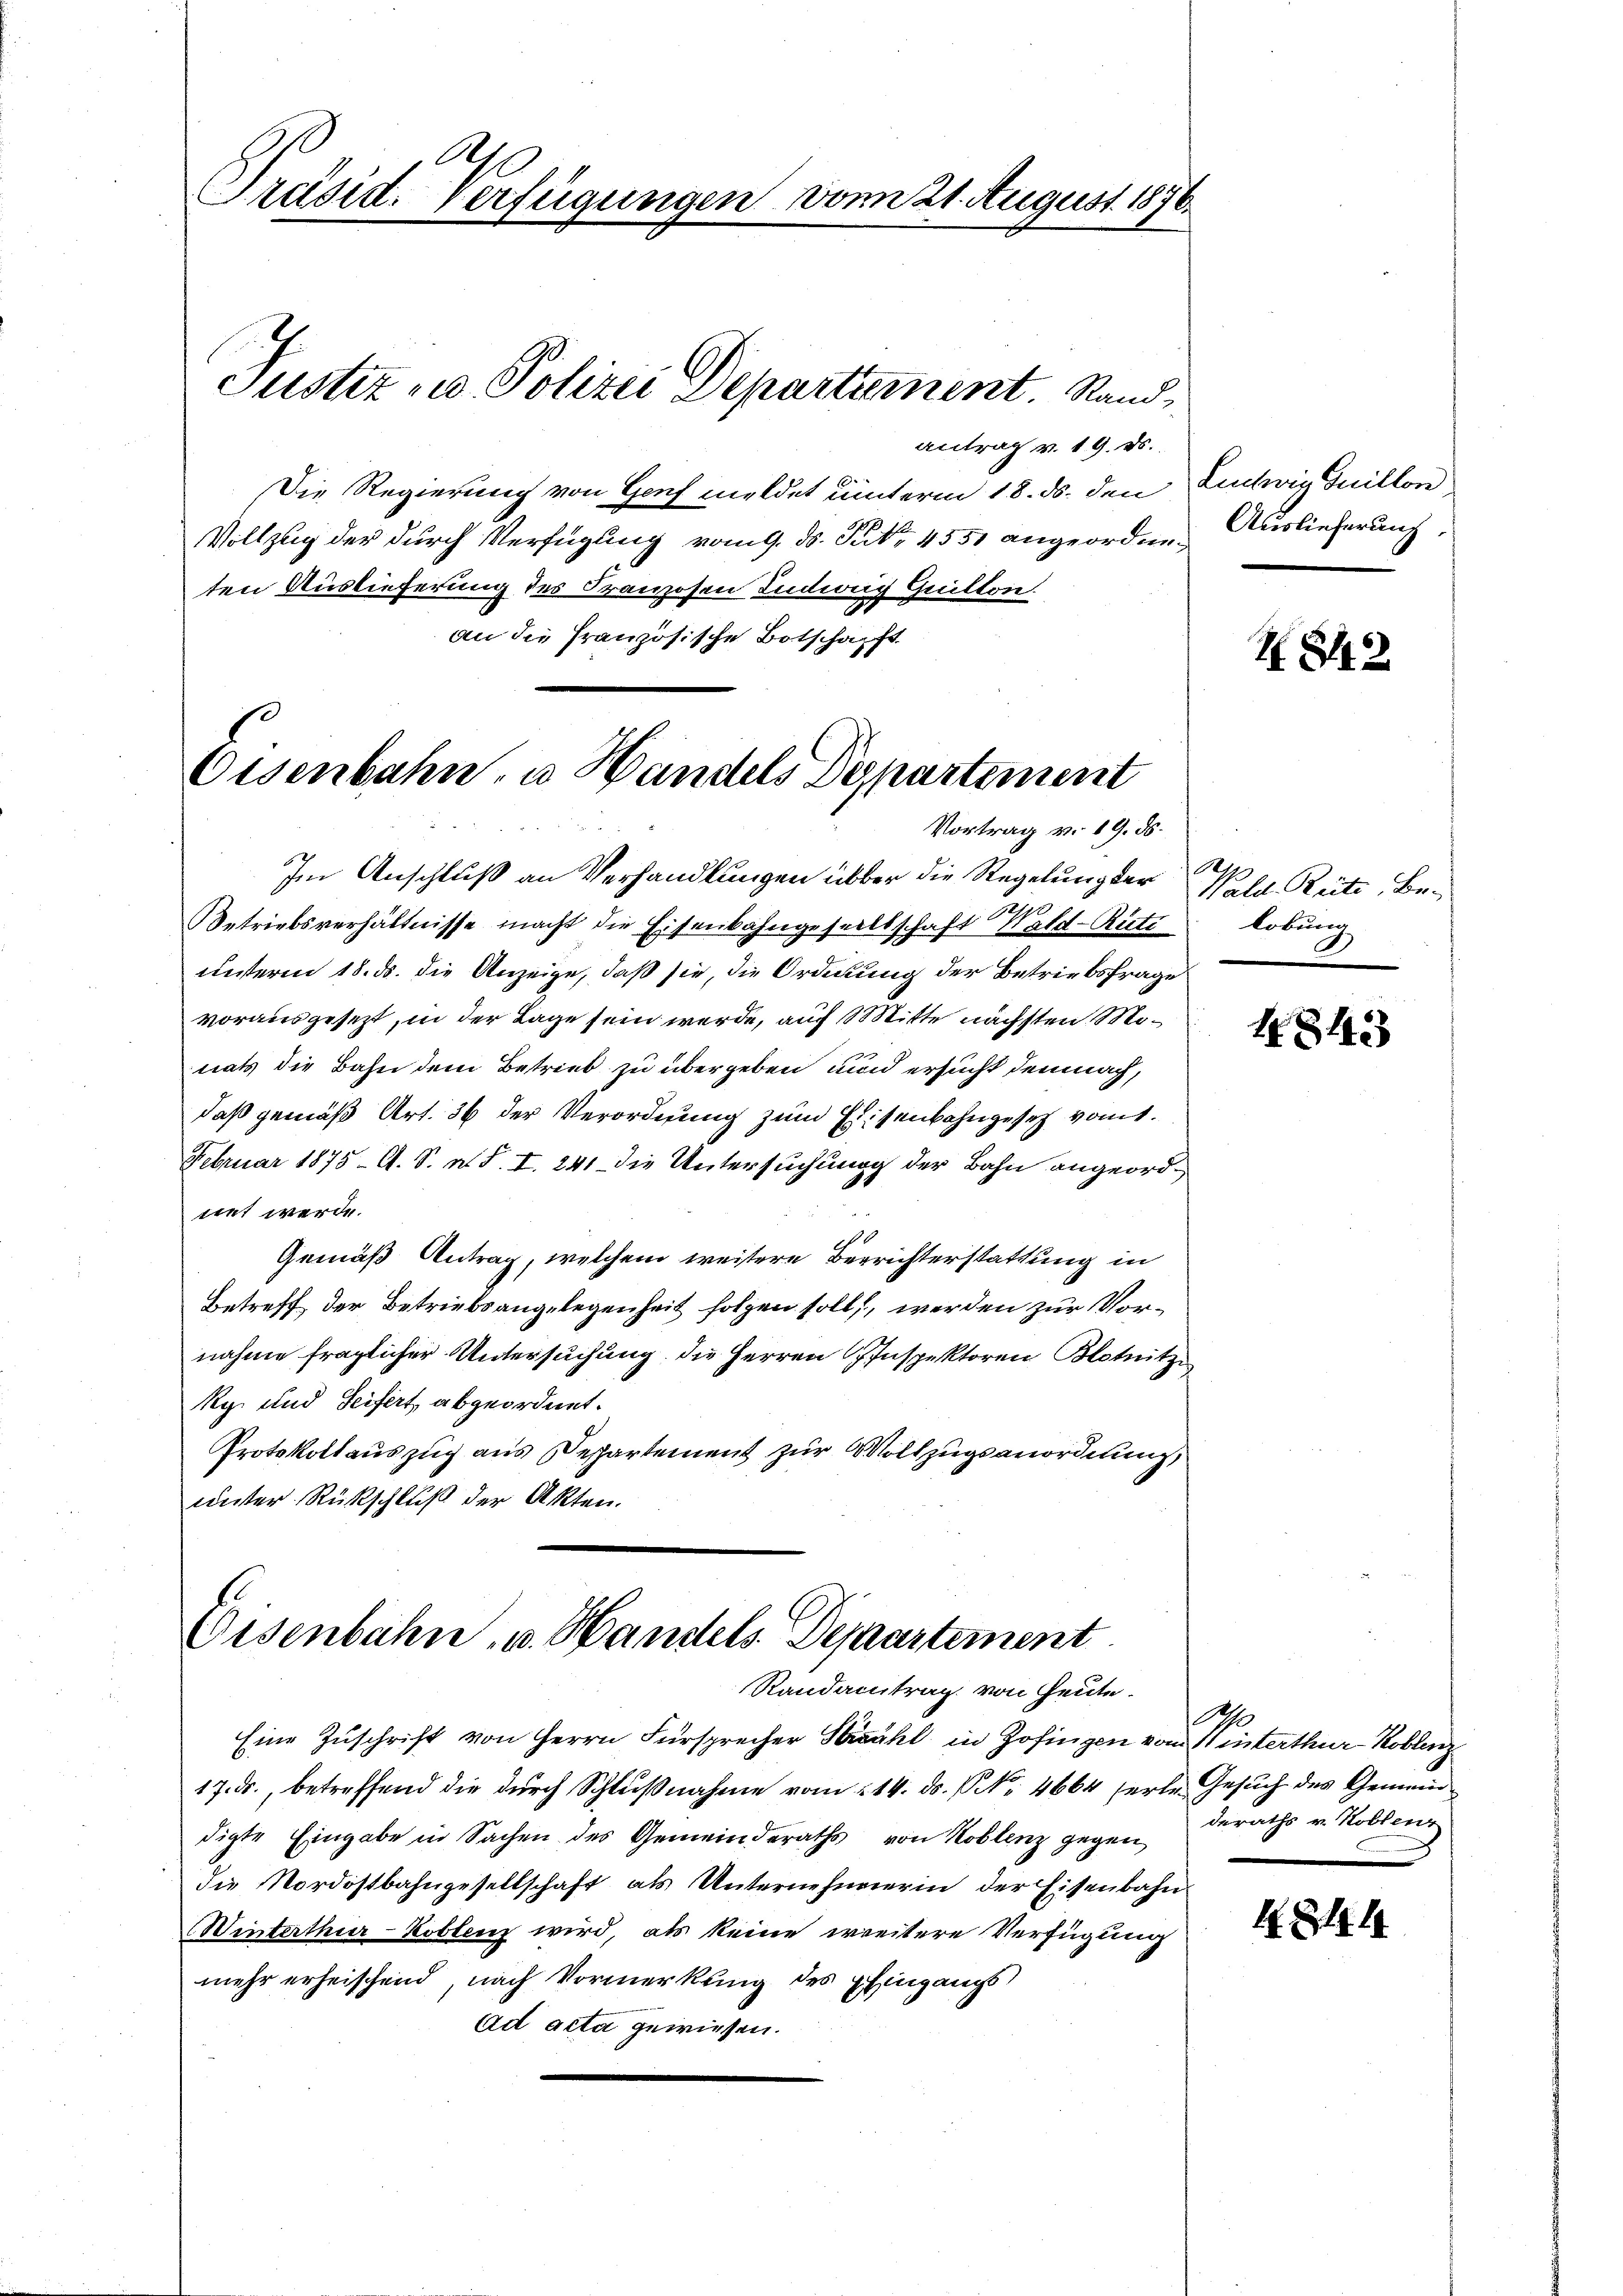
Präsid. Verfügungen vom 21. August 1876.

Justiz - Polizei Departament. Sand¬

antrag v. 19. d.
6.
Die Regierung von Genf meldet unterm 18. ds. den Euchwig Guillon
Vollzug der durch Verfügung vom 9. ds. Putz. 4551 angeordnen Auslieferung
ten Auslieferung des Franzosen Indig Quitton
an die französische Botschaft

Eisenbahn, u. Handels Departement
Vortrag v. 19. ds.

Im Anschluß an Verhandlungen über die Regelung der

Betriebsverhältnisse macht die Eisenbahngesellschaft Wald-Rüti lobung
unterm 18. ds. die Anzeige, daß sie, die Ordnung der Betriebsfrage
vorausgesezt, in der Tage sein werde, auch Mitte nächsten Monats die Bahn dem Betrieb zu übergeben, und ersucht demnach,
daß gemäß Art. 36 der Verordnung zum Eisenbahngesetz vom 1.
Februar 1875 - A. S. n. F. I. 241 die Untersuchung der Bahn angeordiret werde.
Gemäß Antrag, welchem weitere Beerichterstattung in
Betreff der Betriebsangelegenheit folgen soll, werden zur Vornahme fraglicher Untersuchung die Herren Inspektoren Blotnitzi
Rg. und Seifert, abgeordnet.
Protokollauszug aus Despartement zur Vollzugsanordnung,
unter Rückschluß der Akten.

Eisenbahn, u. Handels-Departement
Randantrag von Heute.

Eine Zuschrift von Herrn Fürsprecher Herzahl in Zofingen vom 11 interthur–Koblenz
17. ds., betreffend die durch Schlußnahme vom 214. ds. NNo. 4664 ferte Gesuch des Gemeindigte Eingabe in Sachen des Gemeinderaths von Koblenz gegen
die Nordostbahngesellschaft als Unternehmerin der Eisenbahn
Winterthur–Koblenz wird, als keine weitere Verfügung
mehr erheischend, nach Vormerkung des Eingangs
Ad acta gewiesen.

82

A.
Wald Reite, Be-

4848

Ah
deraths v. Kollenz

l. Z